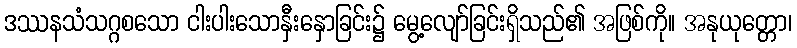
ဒဿနသံသဂ္ဂစသော ငါးပါးသောနှီးနှောခြင်း၌ မွေ့လျော်ခြင်းရှိသည်၏ အဖြစ်ကို။ အနုယုတ္တော၊